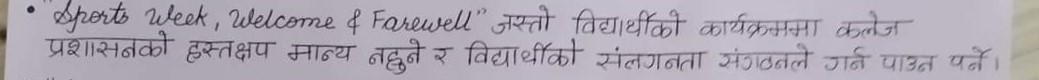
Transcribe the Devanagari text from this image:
"Sports Week, Welcome & Farewell" जस्तो विद्यार्थीको कार्यक्रममा कलेज
प्रशासनको हस्तक्षप मान्य नहुने र विद्यार्थीको संलगनता संगठनले गर्न पाउन पर्ने।